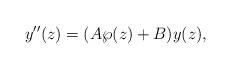
LaTeX: \begin{gather*}y''(z) = (A\wp(z)+B)y(z),\end{gather*}